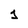
Character: 1